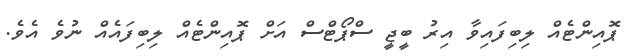
ޕޮއިންޓެއް ލިބިފައިވާ އިރު ބީޖީ ސްޕޯޓްސް އަށް ޕޮއިންޓެއް ލިބިފައެއް ނުވެ އެވެ.